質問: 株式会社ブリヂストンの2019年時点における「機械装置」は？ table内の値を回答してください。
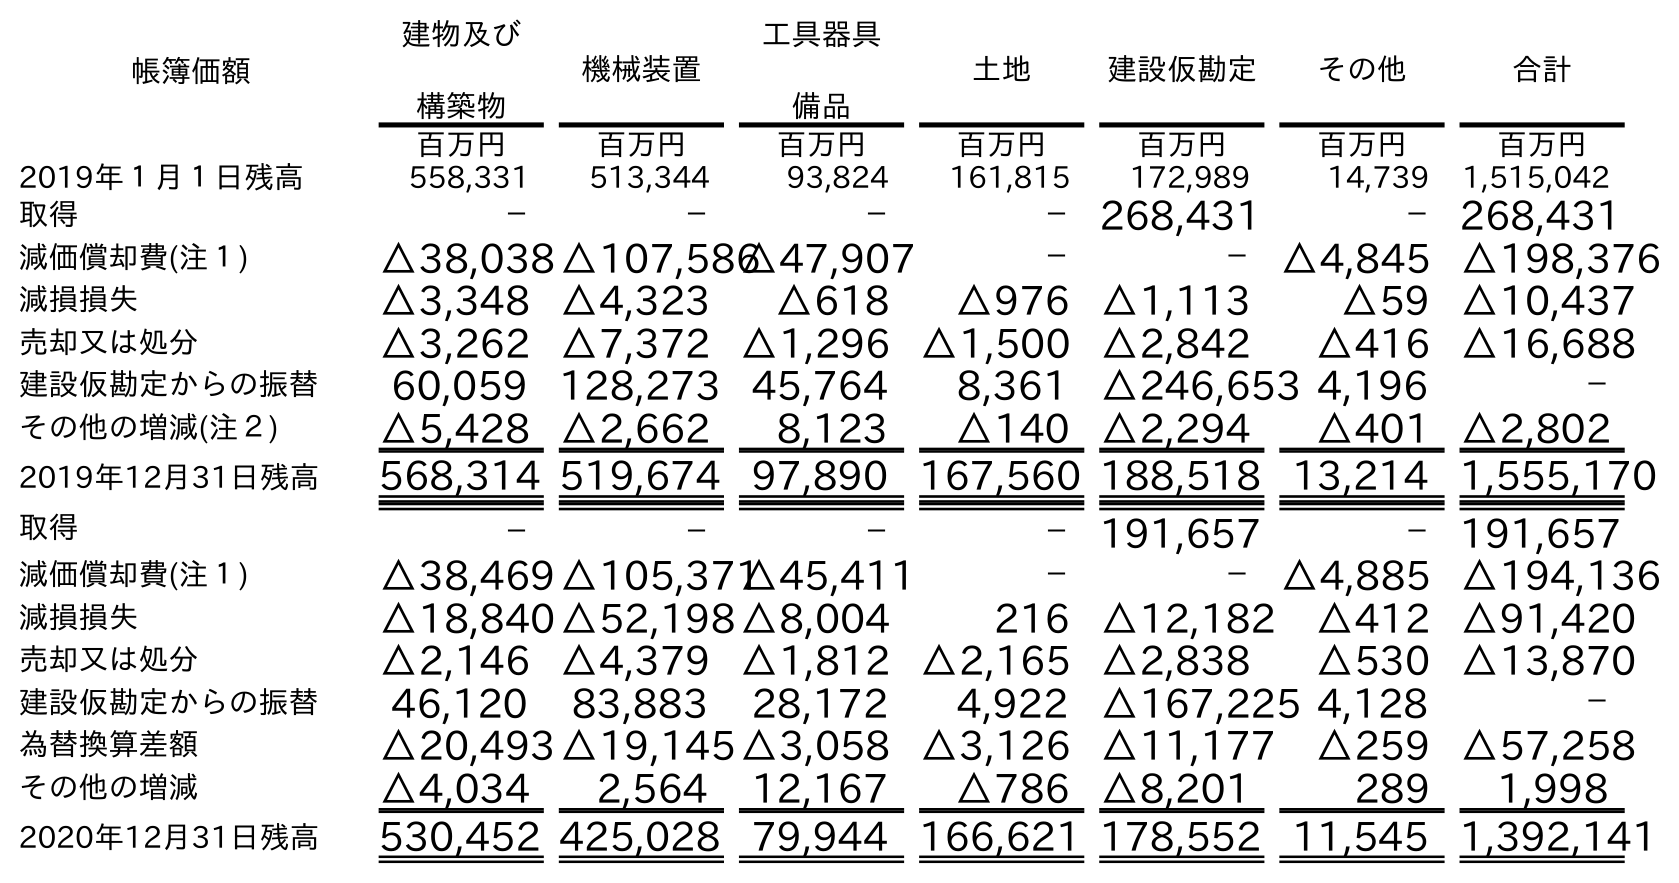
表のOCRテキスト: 帳簿価額 建物及び 構築物 機械装置 工具器具 備品 土地 建設仮勘定 その他 合計 百万円 百万円 百万円 百万円 百万円 百万円 百万円 2019年１月１日残高 558,331 513,344 93,824 161,815 172,989 14,739 1,515,042 取得 － － － －268,431 －268,431 減価償却費(注１) △38,038△107,586△47,907 － －△4,845 △198,376 減損損失 △3,348 △4,323 △618 △976 △1,113 △59 △10,437 売却又は処分 △3,262 △7,372 △1,296 △1,500 △2,842 △416 △16,688 建設仮勘定からの振替 60,059 128,273 45,764 8,361 △246,653 4,196 － その他の増減(注２) △5,428 △2,662 8,123 △140 △2,294 △401 △2,802 2019年12月31日残高 568,314 519,674 97,890 167,560 188,518 13,214 1,555,170 取得 － － － －191,657 －191,657 減価償却費(注１) △38,469△105,371△45,411 － －△4,885 △194,136 減損損失 △18,840△52,198△8,004 216 △12,182 △412 △91,420 売却又は処分 △2,146 △4,379 △1,812 △2,165 △2,838 △530 △13,870 建設仮勘定からの振替 46,120 83,883 28,172 4,922 △167,225 4,128 － 為替換算差額 △20,493△19,145△3,058 △3,126 △11,177 △259 △57,258 その他の増減 △4,034 2,564 12,167 △786 △8,201 289 1,998 2020年12月31日残高 530,452 425,028 79,944 166,621 178,552 11,545 1,392,141
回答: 519,674